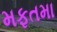
મફતમા